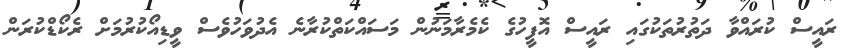
ރައީސް ކުރައްވާ ދަތުރުތަކުގައި ރައީސް އޮފީހުގެ ކެމެރާމަނުން މަސައްކަތްކުރާނެ އެދުވަހުވެސް ވީޑިއޯކުރުމަށް ރެކޯޑްކުރަން